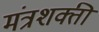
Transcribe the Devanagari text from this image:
मंत्रशक्ती